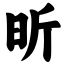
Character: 昕